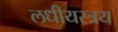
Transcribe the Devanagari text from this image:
लधीयस्त्रय